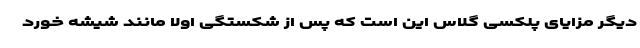
دیگر مزایای پلکسی گلاس این است که پس از شکستگی اولاً مانند شیشه خورد